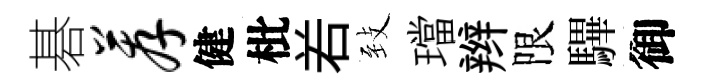
碁荐健枇𠰥𦤺璫辫限驆御